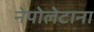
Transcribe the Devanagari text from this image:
नेपोलेटाना